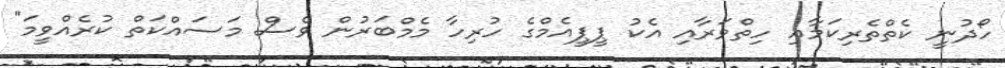
ހޯދުނީ ކެތްތެރިކަމާއި ހިތްވަރާއި އެކު ޕީޕީއެމްގެ ހުރިހާ މެމްބަރުން ވެސް މަސައްކަތް ކުރެއްވީމަ"